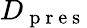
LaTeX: D_{\mathrm{~p~r~e~s~}}